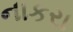
નાકરા